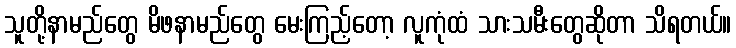
သူတို့နာမည်တွေ မိဖနာမည်တွေ မေးကြည့်တော့ လူကုံထံ သားသမီးတွေဆိုတာ သိရတယ်။